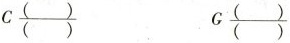
C\frac{()}{()} G\frac{()}{()}